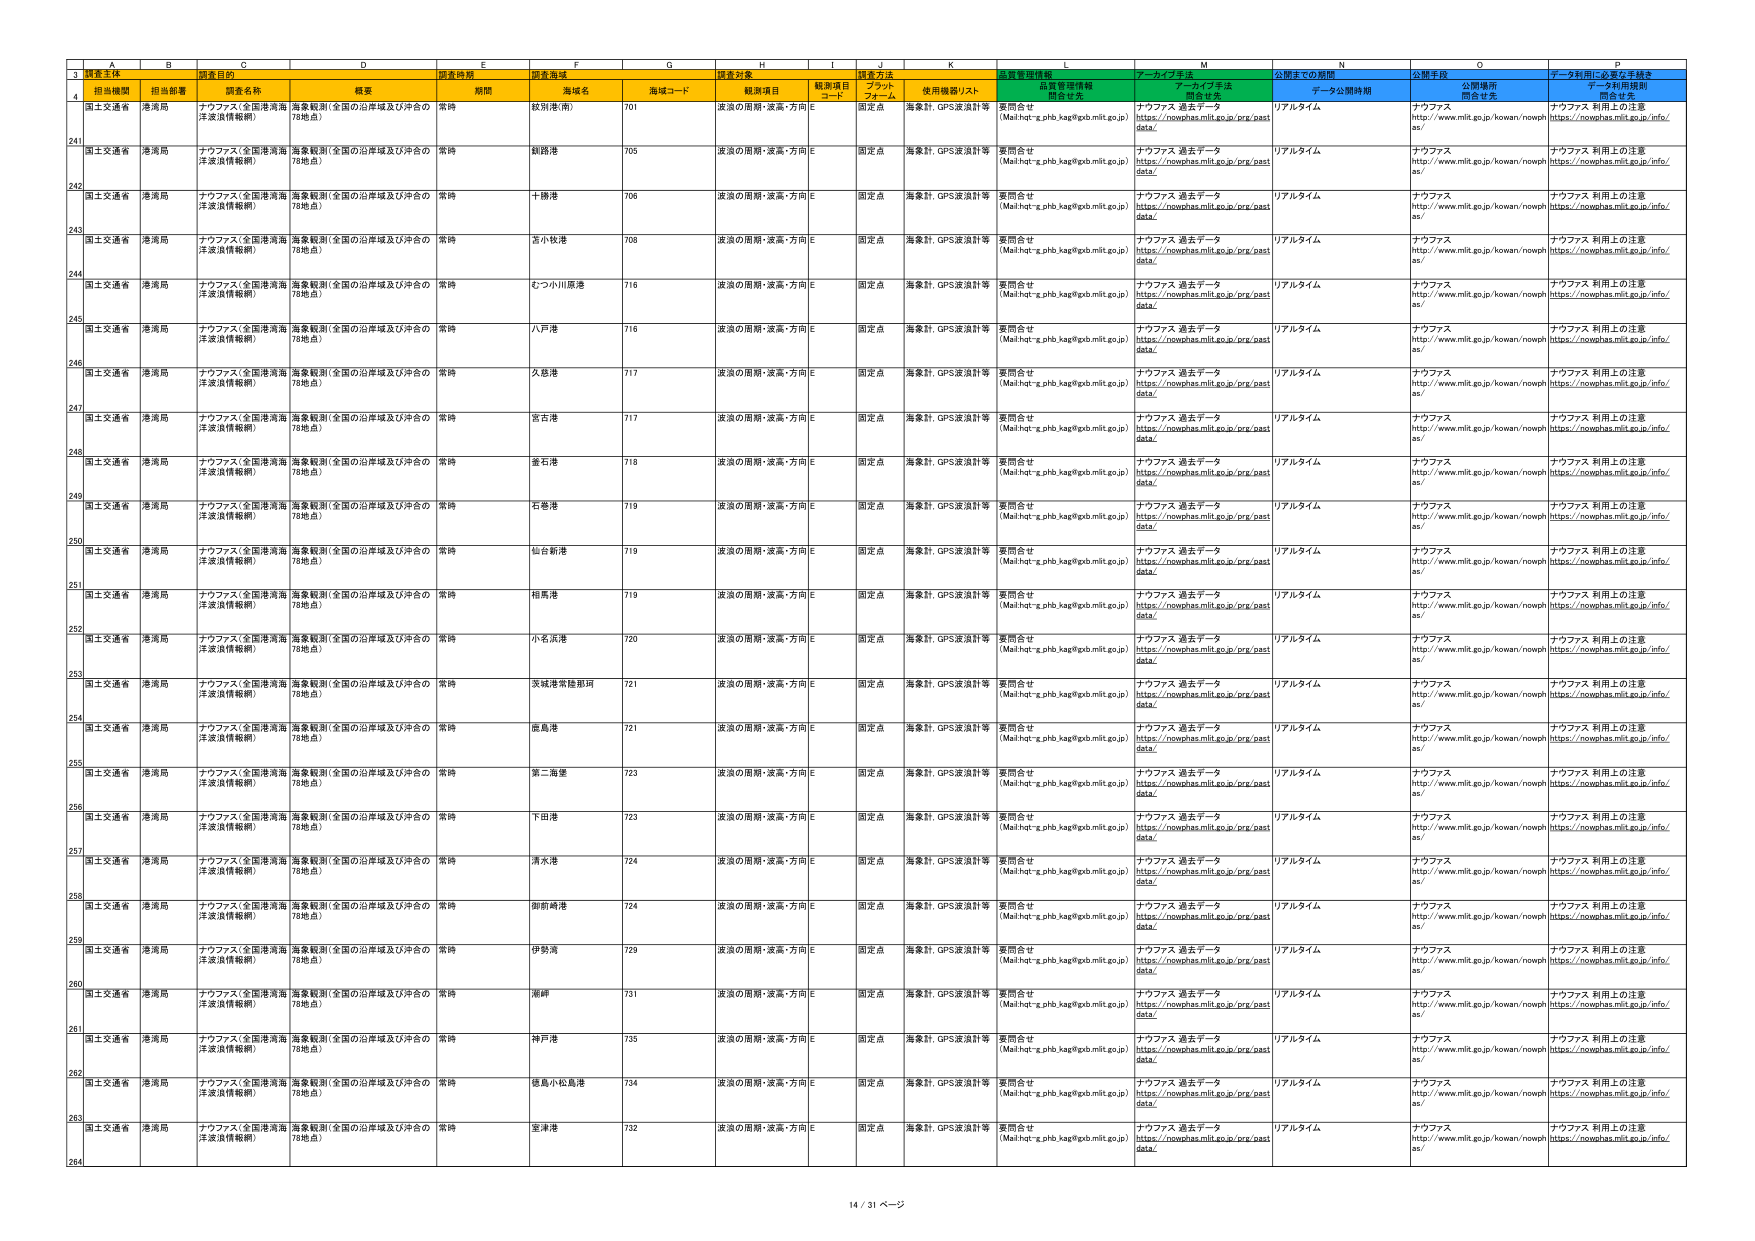
3 調査主体
調査目的
調査時期
調査海域
調査対象
調査方法
品質管理情報
アーカイブ手法
公開までの期間
公開手段
データ利用に必要な手続き
4 担当機関
担当部署
調査名称
概要
期間
海域名
海域コード
観測項目
観測項目コード
プラットフォーム
使用機器リスト
品質管理情報
関係者先
アーカイブ手法
関係者先
データ公開時期
公開場所
関係者先
データ利用規則
関係者先
241 国土交通省 港湾局 ナウファス（全国港湾海洋波浪情報網） 海象観測（全国の沿岸域及び沖合の78地点） 常時 舩引港(南) 701 波浪の周期・波高・方向 E 固定点 海象計、GPS波浪計等 要問合せ (Mail:ht-t-x.phb.kag@pob.mlit.go.jp) ナウファス 過去データ https://nowphas.mlit.go.jp/prg/past data/ リアルタイム ナウファス http://www.mlit.go.jp/kowan/nowphas/ ナウファス 利用上の注意 https://nowphas.mlit.go.jp/info/
242 国土交通省 港湾局 ナウファス（全国港湾海洋波浪情報網） 海象観測（全国の沿岸域及び沖合の78地点） 常時 鎮西港 705 波浪の周期・波高・方向 E 固定点 海象計、GPS波浪計等 要問合せ (Mail:ht-t-x.phb.kag@pob.mlit.go.jp) ナウファス 過去データ https://nowphas.mlit.go.jp/prg/past data/ リアルタイム ナウファス http://www.mlit.go.jp/kowan/nowphas/ ナウファス 利用上の注意 https://nowphas.mlit.go.jp/info/
243 国土交通省 港湾局 ナウファス（全国港湾海洋波浪情報網） 海象観測（全国の沿岸域及び沖合の78地点） 常時 十勝港 706 波浪の周期・波高・方向 E 固定点 海象計、GPS波浪計等 要問合せ (Mail:ht-t-x.phb.kag@pob.mlit.go.jp) ナウファス 過去データ https://nowphas.mlit.go.jp/prg/past data/ リアルタイム ナウファス http://www.mlit.go.jp/kowan/nowphas/ ナウファス 利用上の注意 https://nowphas.mlit.go.jp/info/
244 国土交通省 港湾局 ナウファス（全国港湾海洋波浪情報網） 海象観測（全国の沿岸域及び沖合の78地点） 常時 吉小牧港 708 波浪の周期・波高・方向 E 固定点 海象計、GPS波浪計等 要問合せ (Mail:ht-t-x.phb.kag@pob.mlit.go.jp) ナウファス 過去データ https://nowphas.mlit.go.jp/prg/past data/ リアルタイム ナウファス http://www.mlit.go.jp/kowan/nowphas/ ナウファス 利用上の注意 https://nowphas.mlit.go.jp/info/
245 国土交通省 港湾局 ナウファス（全国港湾海洋波浪情報網） 海象観測（全国の沿岸域及び沖合の78地点） 常時 むつ小川原港 716 波浪の周期・波高・方向 E 固定点 海象計、GPS波浪計等 要問合せ (Mail:ht-t-x.phb.kag@pob.mlit.go.jp) ナウファス 過去データ https://nowphas.mlit.go.jp/prg/past data/ リアルタイム ナウファス http://www.mlit.go.jp/kowan/nowphas/ ナウファス 利用上の注意 https://nowphas.mlit.go.jp/info/
246 国土交通省 港湾局 ナウファス（全国港湾海洋波浪情報網） 海象観測（全国の沿岸域及び沖合の78地点） 常時 八戸港 716 波浪の周期・波高・方向 E 固定点 海象計、GPS波浪計等 要問合せ (Mail:ht-t-x.phb.kag@pob.mlit.go.jp) ナウファス 過去データ https://nowphas.mlit.go.jp/prg/past data/ リアルタイム ナウファス http://www.mlit.go.jp/kowan/nowphas/ ナウファス 利用上の注意 https://nowphas.mlit.go.jp/info/
247 国土交通省 港湾局 ナウファス（全国港湾海洋波浪情報網） 海象観測（全国の沿岸域及び沖合の78地点） 常時 久慈港 717 波浪の周期・波高・方向 E 固定点 海象計、GPS波浪計等 要問合せ (Mail:ht-t-x.phb.kag@pob.mlit.go.jp) ナウファス 過去データ https://nowphas.mlit.go.jp/prg/past data/ リアルタイム ナウファス http://www.mlit.go.jp/kowan/nowphas/ ナウファス 利用上の注意 https://nowphas.mlit.go.jp/info/
248 国土交通省 港湾局 ナウファス（全国港湾海洋波浪情報網） 海象観測（全国の沿岸域及び沖合の78地点） 常時 宮古港 717 波浪の周期・波高・方向 E 固定点 海象計、GPS波浪計等 要問合せ (Mail:ht-t-x.phb.kag@pob.mlit.go.jp) ナウファス 過去データ https://nowphas.mlit.go.jp/prg/past data/ リアルタイム ナウファス http://www.mlit.go.jp/kowan/nowphas/ ナウファス 利用上の注意 https://nowphas.mlit.go.jp/info/
249 国土交通省 港湾局 ナウファス（全国港湾海洋波浪情報網） 海象観測（全国の沿岸域及び沖合の78地点） 常時 金石港 718 波浪の周期・波高・方向 E 固定点 海象計、GPS波浪計等 要問合せ (Mail:ht-t-x.phb.kag@pob.mlit.go.jp) ナウファス 過去データ https://nowphas.mlit.go.jp/prg/past data/ リアルタイム ナウファス http://www.mlit.go.jp/kowan/nowphas/ ナウファス 利用上の注意 https://nowphas.mlit.go.jp/info/
250 国土交通省 港湾局 ナウファス（全国港湾海洋波浪情報網） 海象観測（全国の沿岸域及び沖合の78地点） 常時 石巻港 719 波浪の周期・波高・方向 E 固定点 海象計、GPS波浪計等 要問合せ (Mail:ht-t-x.phb.kag@pob.mlit.go.jp) ナウファス 過去データ https://nowphas.mlit.go.jp/prg/past data/ リアルタイム ナウファス http://www.mlit.go.jp/kowan/nowphas/ ナウファス 利用上の注意 https://nowphas.mlit.go.jp/info/
251 国土交通省 港湾局 ナウファス（全国港湾海洋波浪情報網） 海象観測（全国の沿岸域及び沖合の78地点） 常時 仙台新港 719 波浪の周期・波高・方向 E 固定点 海象計、GPS波浪計等 要問合せ (Mail:ht-t-x.phb.kag@pob.mlit.go.jp) ナウファス 過去データ https://nowphas.mlit.go.jp/prg/past data/ リアルタイム ナウファス http://www.mlit.go.jp/kowan/nowphas/ ナウファス 利用上の注意 https://nowphas.mlit.go.jp/info/
252 国土交通省 港湾局 ナウファス（全国港湾海洋波浪情報網） 海象観測（全国の沿岸域及び沖合の78地点） 常時 相馬港 719 波浪の周期・波高・方向 E 固定点 海象計、GPS波浪計等 要問合せ (Mail:ht-t-x.phb.kag@pob.mlit.go.jp) ナウファス 過去データ https://nowphas.mlit.go.jp/prg/past data/ リアルタイム ナウファス http://www.mlit.go.jp/kowan/nowphas/ ナウファス 利用上の注意 https://nowphas.mlit.go.jp/info/
253 国土交通省 港湾局 ナウファス（全国港湾海洋波浪情報網） 海象観測（全国の沿岸域及び沖合の78地点） 常時 小名浜港 720 波浪の周期・波高・方向 E 固定点 海象計、GPS波浪計等 要問合せ (Mail:ht-t-x.phb.kag@pob.mlit.go.jp) ナウファス 過去データ https://nowphas.mlit.go.jp/prg/past data/ リアルタイム ナウファス http://www.mlit.go.jp/kowan/nowphas/ ナウファス 利用上の注意 https://nowphas.mlit.go.jp/info/
254 国土交通省 港湾局 ナウファス（全国港湾海洋波浪情報網） 海象観測（全国の沿岸域及び沖合の78地点） 常時 茨城港常陸那珂 721 波浪の周期・波高・方向 E 固定点 海象計、GPS波浪計等 要問合せ (Mail:ht-t-x.phb.kag@pob.mlit.go.jp) ナウファス 過去データ https://nowphas.mlit.go.jp/prg/past data/ リアルタイム ナウファス http://www.mlit.go.jp/kowan/nowphas/ ナウファス 利用上の注意 https://nowphas.mlit.go.jp/info/
255 国土交通省 港湾局 ナウファス（全国港湾海洋波浪情報網） 海象観測（全国の沿岸域及び沖合の78地点） 常時 鹿島港 721 波浪の周期・波高・方向 E 固定点 海象計、GPS波浪計等 要問合せ (Mail:ht-t-x.phb.kag@pob.mlit.go.jp) ナウファス 過去データ https://nowphas.mlit.go.jp/prg/past data/ リアルタイム ナウファス http://www.mlit.go.jp/kowan/nowphas/ ナウファス 利用上の注意 https://nowphas.mlit.go.jp/info/
256 国土交通省 港湾局 ナウファス（全国港湾海洋波浪情報網） 海象観測（全国の沿岸域及び沖合の78地点） 常時 第二海堡 723 波浪の周期・波高・方向 E 固定点 海象計、GPS波浪計等 要問合せ (Mail:ht-t-x.phb.kag@pob.mlit.go.jp) ナウファス 過去データ https://nowphas.mlit.go.jp/prg/past data/ リアルタイム ナウファス http://www.mlit.go.jp/kowan/nowphas/ ナウファス 利用上の注意 https://nowphas.mlit.go.jp/info/
257 国土交通省 港湾局 ナウファス（全国港湾海洋波浪情報網） 海象観測（全国の沿岸域及び沖合の78地点） 常時 下田港 723 波浪の周期・波高・方向 E 固定点 海象計、GPS波浪計等 要問合せ (Mail:ht-t-x.phb.kag@pob.mlit.go.jp) ナウファス 過去データ https://nowphas.mlit.go.jp/prg/past data/ リアルタイム ナウファス http://www.mlit.go.jp/kowan/nowphas/ ナウファス 利用上の注意 https://nowphas.mlit.go.jp/info/
258 国土交通省 港湾局 ナウファス（全国港湾海洋波浪情報網） 海象観測（全国の沿岸域及び沖合の78地点） 常時 清水港 724 波浪の周期・波高・方向 E 固定点 海象計、GPS波浪計等 要問合せ (Mail:ht-t-x.phb.kag@pob.mlit.go.jp) ナウファス 過去データ https://nowphas.mlit.go.jp/prg/past data/ リアルタイム ナウファス http://www.mlit.go.jp/kowan/nowphas/ ナウファス 利用上の注意 https://nowphas.mlit.go.jp/info/
259 国土交通省 港湾局 ナウファス（全国港湾海洋波浪情報網） 海象観測（全国の沿岸域及び沖合の78地点） 常時 御前崎港 724 波浪の周期・波高・方向 E 固定点 海象計、GPS波浪計等 要問合せ (Mail:ht-t-x.phb.kag@pob.mlit.go.jp) ナウファス 過去データ https://nowphas.mlit.go.jp/prg/past data/ リアルタイム ナウファス http://www.mlit.go.jp/kowan/nowphas/ ナウファス 利用上の注意 https://nowphas.mlit.go.jp/info/
260 国土交通省 港湾局 ナウファス（全国港湾海洋波浪情報網） 海象観測（全国の沿岸域及び沖合の78地点） 常時 伊勢湾 729 波浪の周期・波高・方向 E 固定点 海象計、GPS波浪計等 要問合せ (Mail:ht-t-x.phb.kag@pob.mlit.go.jp) ナウファス 過去データ https://nowphas.mlit.go.jp/prg/past data/ リアルタイム ナウファス http://www.mlit.go.jp/kowan/nowphas/ ナウファス 利用上の注意 https://nowphas.mlit.go.jp/info/
261 国土交通省 港湾局 ナウファス（全国港湾海洋波浪情報網） 海象観測（全国の沿岸域及び沖合の78地点） 常時 潮岬 731 波浪の周期・波高・方向 E 固定点 海象計、GPS波浪計等 要問合せ (Mail:ht-t-x.phb.kag@pob.mlit.go.jp) ナウファス 過去データ https://nowphas.mlit.go.jp/prg/past data/ リアルタイム ナウファス http://www.mlit.go.jp/kowan/nowphas/ ナウファス 利用上の注意 https://nowphas.mlit.go.jp/info/
262 国土交通省 港湾局 ナウファス（全国港湾海洋波浪情報網） 海象観測（全国の沿岸域及び沖合の78地点） 常時 神戸港 735 波浪の周期・波高・方向 E 固定点 海象計、GPS波浪計等 要問合せ (Mail:ht-t-x.phb.kag@pob.mlit.go.jp) ナウファス 過去データ https://nowphas.mlit.go.jp/prg/past data/ リアルタイム ナウファス http://www.mlit.go.jp/kowan/nowphas/ ナウファス 利用上の注意 https://nowphas.mlit.go.jp/info/
263 国土交通省 港湾局 ナウファス（全国港湾海洋波浪情報網） 海象観測（全国の沿岸域及び沖合の78地点） 常時 徳島小松島港 734 波浪の周期・波高・方向 E 固定点 海象計、GPS波浪計等 要問合せ (Mail:ht-t-x.phb.kag@pob.mlit.go.jp) ナウファス 過去データ https://nowphas.mlit.go.jp/prg/past data/ リアルタイム ナウファス http://www.mlit.go.jp/kowan/nowphas/ ナウファス 利用上の注意 https://nowphas.mlit.go.jp/info/
264 国土交通省 港湾局 ナウファス（全国港湾海洋波浪情報網） 海象観測（全国の沿岸域及び沖合の78地点） 常時 宝来港 732 波浪の周期・波高・方向 E 固定点 海象計、GPS波浪計等 要問合せ (Mail:ht-t-x.phb.kag@pob.mlit.go.jp) ナウファス 過去データ https://nowphas.mlit.go.jp/prg/past data/ リアルタイム ナウファス http://www.mlit.go.jp/kowan/nowphas/ ナウファス 利用上の注意 https://nowphas.mlit.go.jp/info/
14 / 31 ページ